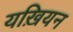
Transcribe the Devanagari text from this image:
यख़ियन